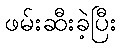
ဖမ်းဆီးခဲ့ပြီး